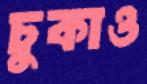
চুকাও